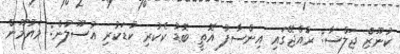
ކުނޫޒް ޖަލްސާ: ރާއްޖޭގައި އިންސާފު އޮތީ ބޮޑު ކެކުރި ކުޑަކުރި އުސޫލުން: މައުމޫން